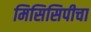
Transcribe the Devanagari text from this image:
मिसिसिपीचा